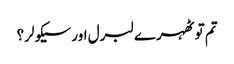
تم تو ٹھہرے لبرل اور سیکولر؟